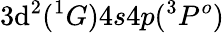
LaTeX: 3\mathrm{d}^{2}(^{1}G)4s4p(^{3}P^{o})